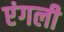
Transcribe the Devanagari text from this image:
एंगली